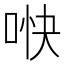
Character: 𫪎